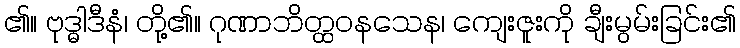
၏။ ဗုဒ္ဓါဒီနံ၊ တို့၏။ ဂုဏာဘိတ္ထဝနသေန၊ ကျေးဇူးကို ချီးမွမ်းခြင်း၏